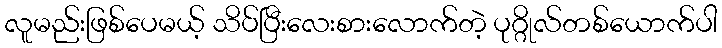
လူမည်းဖြစ်ပေမယ့် သိပ်ပြီးလေးစားလောက်တဲ့ ပုဂ္ဂိုလ်တစ်ယောက်ပါ